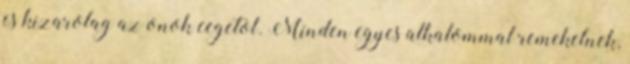
es kizarolag az onok cegetol. Minden egyes alkalommal remekelnek,